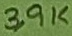
Text: 3,9K